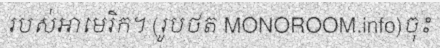
របស់អាមេរិក។ (រូបថត MONOROOM.info)ចុះ